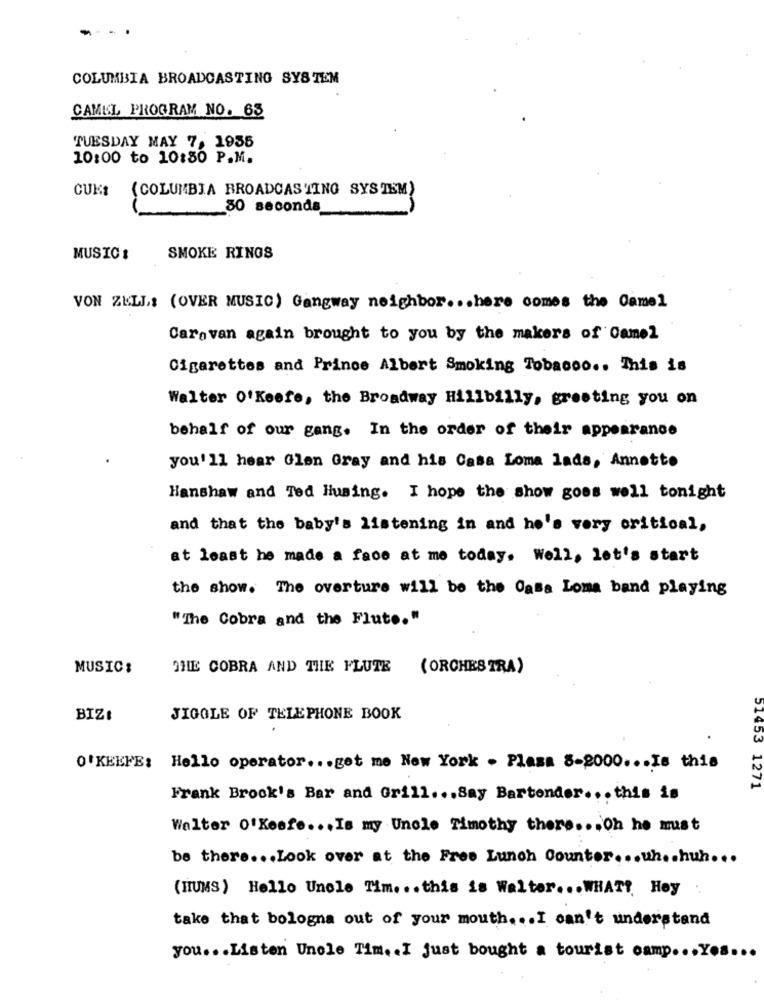
---
COLUMBIA BROADCASTING SYSTEM
CAMEL PROGRAM NO. 65
TUESDAY MAY 7, 1955
10:00 to 10:30 P.M.
CUKI
(COLUMBIA BROADCASTING SYSTEM)
80 seconds
MUSIC :
SMOKE RINGS
VON ZELL ,: (OVER MUSIC) Gangway neighbor .. . here comes the Camel
Caravan again brought to you by the makers of Camel
Cigarettes and Prince Albert Smoking Tobacoo .. This is
Walter O'Keefe, the Broadway Hillbilly, greeting you on
behalf of our gang. In the order of their appearance
you'll hear Glen Gray and his Casa Loma lads, Annetto
Hanshaw and Ted Husing. I hope the show goes well tonight
and that the baby's listening in and he's very critical,
at least he made a face at me today. Well, let's start
the show. The overture will be the Casa Loma band playing
"The Cobra and the Fluto."
MUSIC:
THE COBRA AND THE FLUTE
( ORCHESTRA)
BIZI
JIGGLE OF TELEPHONE BOOK
O'KEEFE: Hello operator ... get me New York . Plass 8-2000 ... Is this
51453 1271
Frank Brock's Bar and Grill ... Say Bartender ... this is
Walter o'Keefe .., Is my Uncle Timothy there ... Oh he must
be there ... Look over at the Free Lunch Counter ... uh .. huh ...
(HUMS) Hello Unole Tim. .. this is Walter ... WHAT? Hoy
take that bologna out of your mouth ... I can't understand
you ... Listen Unole Tim. . I just bought a tourist camp ... Yos
...